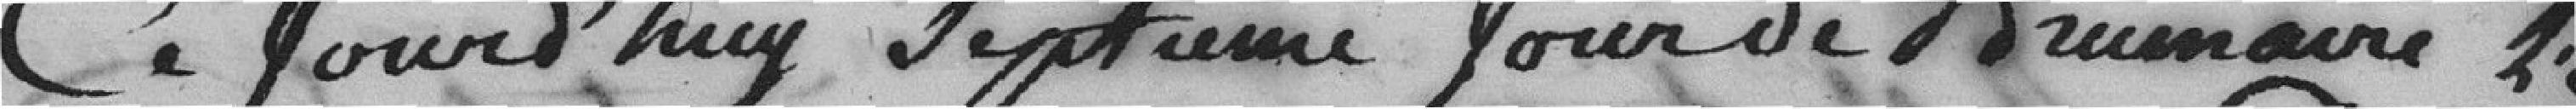
Aujourd'hui septième jour de brumaire, l'an